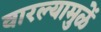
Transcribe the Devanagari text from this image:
वारल्यामुळें